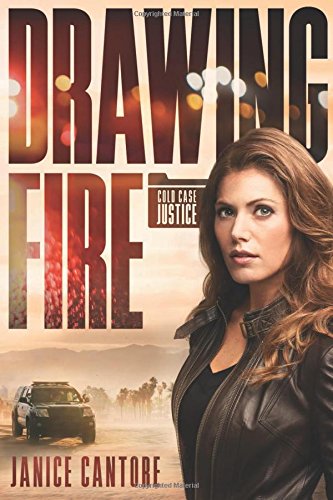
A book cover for Drawing Fire (Cold Case Justice); Janice Cantore; Romance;